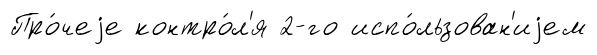
Про́чеjе контро́л'я 2-го испо́льзован'иjем